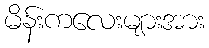
မိန်းကလေးများအား